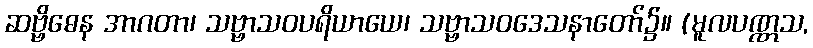
ဆဗ္ဗိဓေန အာဂတာ၊ သဗ္ဗာသဝပရိယာယေ၊ သဗ္ဗာသဝဒေသနာတော်၌။ (မူလပဏ္ဏသ,